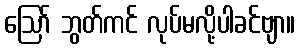
ဩော် ဘွတ်ကင် လုပ်မလို့ပါခင်ဗျာ။